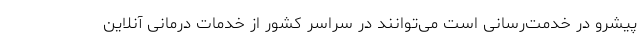
پیشرو در خدمت‌رسانی است می‌توانند در سراسر کشور از خدمات درمانی آنلاین